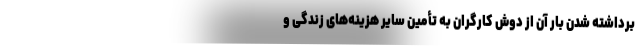
برداشته شدن بار آن از دوش کارگران به تأمین سایر هزینه‌های زندگی و